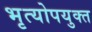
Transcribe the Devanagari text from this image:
भृत्योपयुक्त